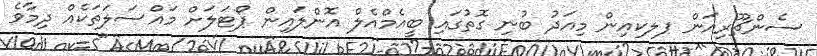
ސެންޗޫރިއަން ޕލކއިން މިއަދު ބުނި ގޮތުގައި ބީއެމްއެލް އޮންލައިން ޕޯޓަލަށް މައްސަލަތަކެއް ދިމާވެ